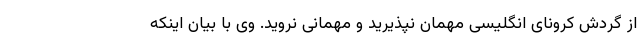
از گردش کرونای انگلیسی مهمان نپذیرید و مهمانی نروید. وی با بیان اینکه